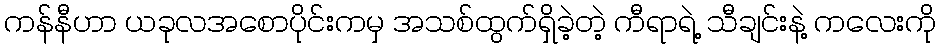
ကန်နီဟာ ယခုလအစောပိုင်းကမှ အသစ်ထွက်ရှိခဲ့တဲ့ ကီရာရဲ့ သီချင်းနဲ့ ကလေးကို